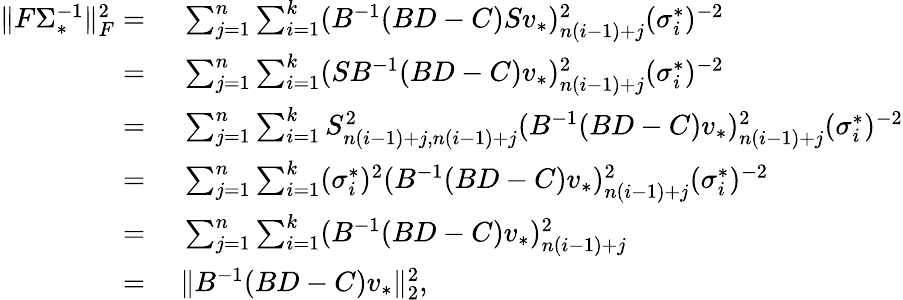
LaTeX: \begin{array}{rl}{\| F\Sigma_{*}^{-1}\| _{F}^{2}=}&{~\sum_{j=1}^{n}\sum_{i=1}^{k}(B^{-1}(BD-C)Sv_{*})_{n(i-1)+j}^{2}(\sigma_{i}^{*})^{-2}}\\ {=}&{~\sum_{j=1}^{n}\sum_{i=1}^{k}(SB^{-1}(BD-C)v_{*})_{n(i-1)+j}^{2}(\sigma_{i}^{*})^{-2}}\\ {=}&{~\sum_{j=1}^{n}\sum_{i=1}^{k}S_{n(i-1)+j,n(i-1)+j}^{2}(B^{-1}(BD-C)v_{*})_{n(i-1)+j}^{2}(\sigma_{i}^{*})^{-2}}\\ {=}&{~\sum_{j=1}^{n}\sum_{i=1}^{k}(\sigma_{i}^{*})^{2}(B^{-1}(BD-C)v_{*})_{n(i-1)+j}^{2}(\sigma_{i}^{*})^{-2}}\\ {=}&{~\sum_{j=1}^{n}\sum_{i=1}^{k}(B^{-1}(BD-C)v_{*})_{n(i-1)+j}^{2}}\\ {=}&{~\| B^{-1}(BD-C)v_{*}\| _{2}^{2},}\end{array}